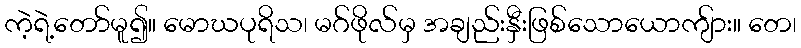
ကဲ့ရဲ့တော်မူ၍။ မောဃပုရိသ၊ မဂ်ဖိုလ်မှ အချည်းနှီးဖြစ်သောယောကျ်ား။ တေ၊